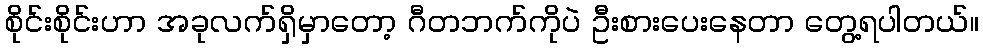
စိုင်းစိုင်းဟာ အခုလက်ရှိမှာတော့ ဂီတဘက်ကိုပဲ ဦးစားပေးနေတာ တွေ့ရပါတယ်။